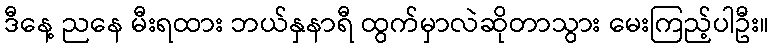
ဒီနေ့ ညနေ မီးရထား ဘယ်နှနာရီ ထွက်မှာလဲဆိုတာသွား မေးကြည့်ပါဦး။